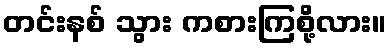
တင်းနစ် သွား ကစားကြစို့လား။